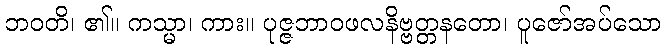
ဘဝတိ၊ ၏။ ကသ္မာ၊ ကား။ ပုဇ္ဇဘာဝဖလနိဗ္ဗတ္တနတော၊ ပူဇော်အပ်သော